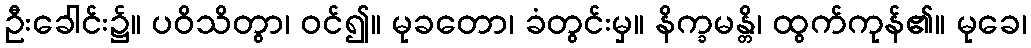
ဦးခေါင်း၌။ ပဝိသိတွာ၊ ဝင်၍။ မုခတော၊ ခံတွင်းမှ။ နိက္ခမန္တိ၊ ထွက်ကုန်၏။ မုခေ၊